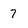
Character: 7